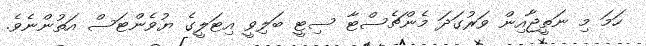
ހަމަ މި ނަތީޖާއިން ވަރުގަދަ މެންޗެސްޓާ ސިޓީ ބަލިވީ އިޓަލީގެ ޔުވެންޓަސް އަތުންނެވެ.